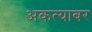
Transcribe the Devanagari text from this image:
अकत्याबर